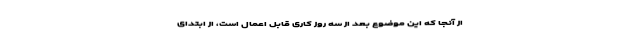
از آنجا که این موضوع بعد از سه روز کاری قابل اعمال است، از ابتدای